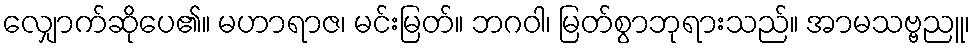
လျှောက်ဆိုပေ၏။ မဟာရာဇ၊ မင်းမြတ်။ ဘဂဝါ၊ မြတ်စွာဘုရားသည်။ အာမသဗ္ဗညူ၊